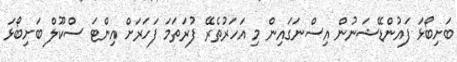
ބަށިބޯޅަ ފައުންޑޭޝަނުން އިސްނަގައިން މި އަހަރުތެރޭ ފުރަތަމަ ފަހަރަށް އިންޓަ ސްކޫލް ބަށިބޯޅަ